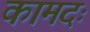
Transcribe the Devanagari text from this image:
कामदः